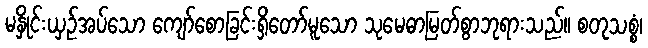
မနှိုင်းယှဉ်အပ်သော ကျော်စောခြင်းရှိတော်မူသော သုမေဓာမြတ်စွာဘုရားသည်။ စတုသစ္စံ၊